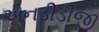
એનડીડીજી